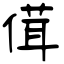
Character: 傇